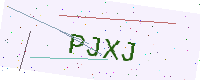
Text: PJXJ